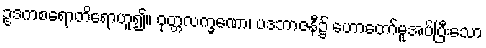
ဥဒကစရောတိရောဟူ၍။ ဝုတ္တလက္ခဏော၊ ပဒဘာဇနီ၌ ဟောတော်မူအပ်ပြီးသော